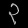
Digit: ၃